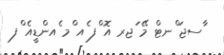
ާސޖަ ްނޓް މޭ ަޖރ އޮ ްފ ެއ ްމ ެއންޑީއެ ްފ